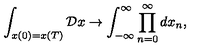
\int _ { x ( 0 ) = x ( T ) } { \cal D } x \rightarrow \int _ { - \infty } ^ { \infty } \prod _ { n = 0 } ^ { \infty } d x _ { n } ,